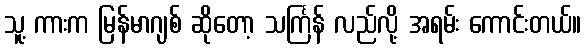
သူ့ ကားက မြန်မာဂျစ် ဆိုတော့ သင်္ကြန် လည်လို့ အရမ်း ကောင်းတယ်။